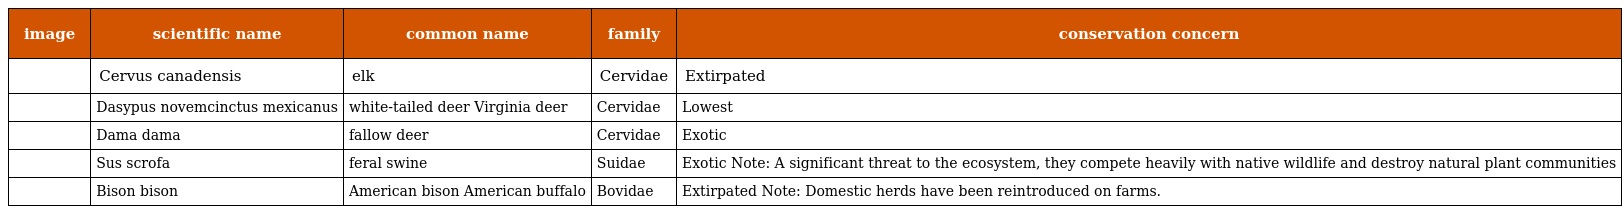
| image | scientific name | common name | family | conservation concern |
 | --- | --- | --- | --- | --- |
 |  | Cervus canadensis | elk | Cervidae | Extirpated |
 |  | Dasypus novemcinctus mexicanus | white-tailed deer Virginia deer | Cervidae | Lowest |
 |  | Dama dama | fallow deer | Cervidae | Exotic |
 |  | Sus scrofa | feral swine | Suidae | Exotic Note: A significant threat to the ecosystem, they compete heavily with native wildlife and destroy natural plant communities |
 |  | Bison bison | American bison American buffalo | Bovidae | Extirpated Note: Domestic herds have been reintroduced on farms. |